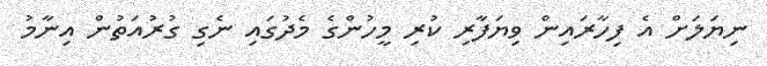
ނިޔަލަށް އެ ފިހާރައިން ވިޔަފާރި ކުރި މީހުންގެ މެދުގައި ނެގި ގުރުއަތުން އިނާމު